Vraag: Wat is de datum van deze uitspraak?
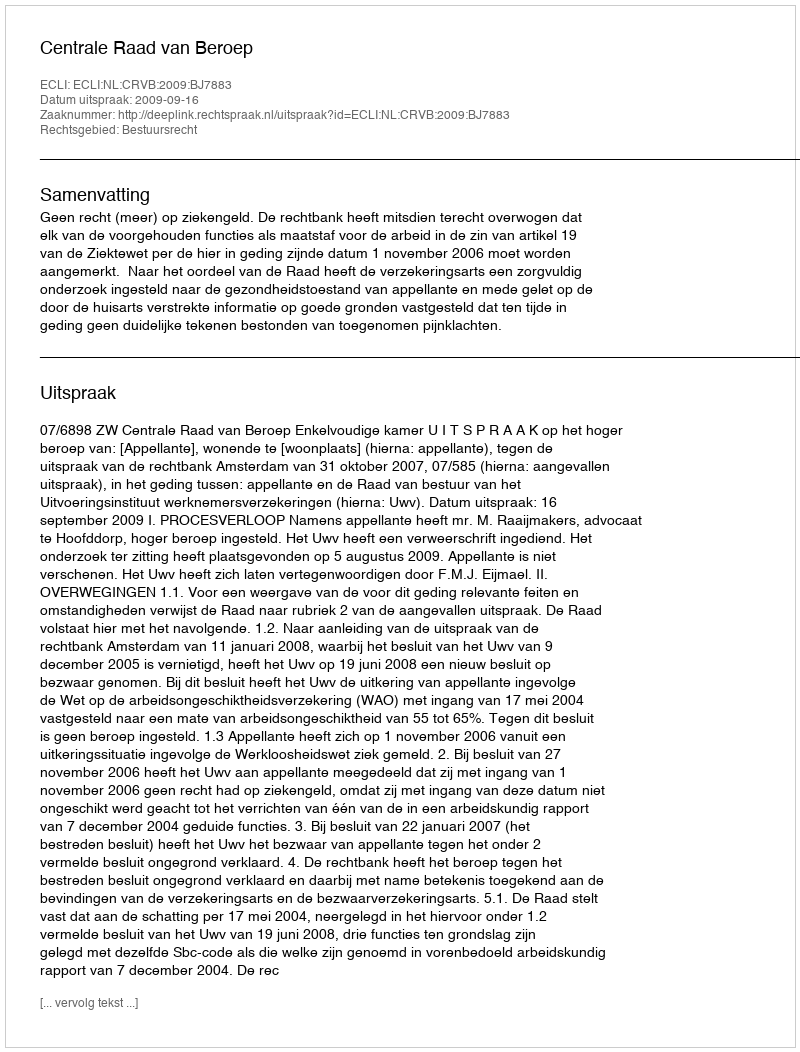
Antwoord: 2009-09-16